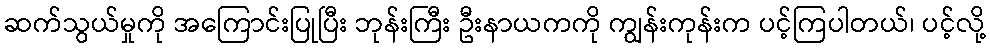
ဆက်သွယ်မှုကို အကြောင်းပြုပြီး ဘုန်းကြီး ဦးနာယကကို ကျွန်းကုန်းက ပင့်ကြပါတယ်၊ ပင့်လို့